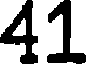
41